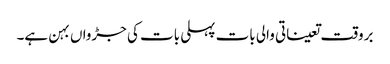
بروقت تعیناتی والی بات پہلی بات کی جڑواں بہن ہے۔